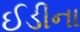
ઈડીના